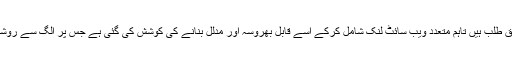
‘حالانکہ یہ تمام حقائق تحقیق طلب ہیں تاہم متعدد ویب سائٹ لنک شامل کرکے اسے قابل بھروسہ اور مدلل بنانے کی کوشش کی گئی ہے جس پر الگ سے روشنی ڈالنے کی ضرورت ہے۔